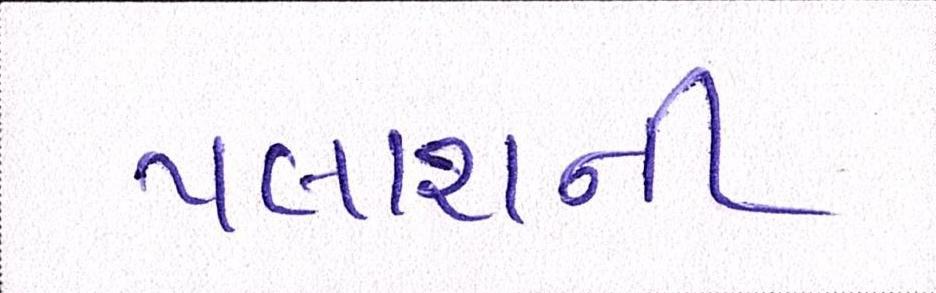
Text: પલાશની